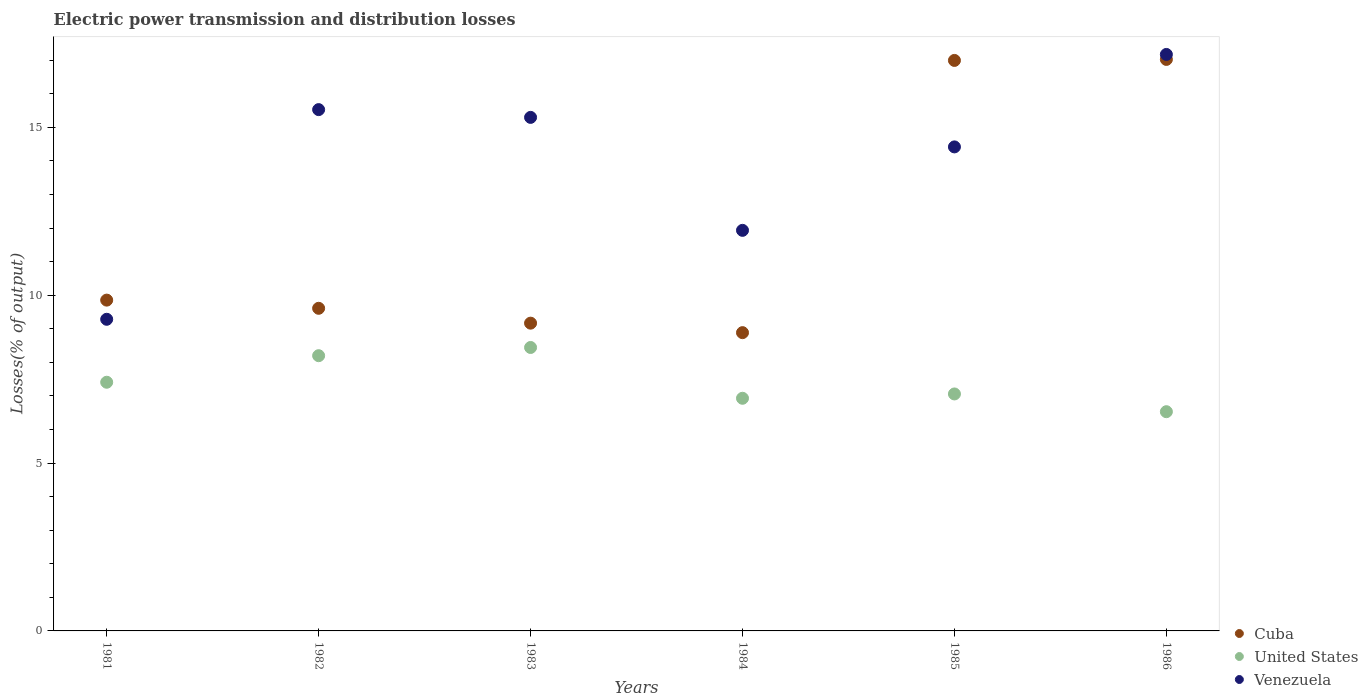
| Years | Cuba | United States | Venezuela |
 | --- | --- | --- | --- |
 | 1981 | 9.85 | 7.41 | 9.28 |
 | 1982 | 9.61 | 8.2 | 15.5 |
 | 1983 | 9.17 | 8.44 | 15.3 |
 | 1984 | 8.88 | 6.93 | 11.9 |
 | 1985 | 17 | 7.06 | 14.4 |
 | 1986 | 17 | 6.53 | 17.2 |